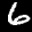
Label: 6